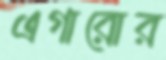
এগারোর